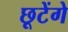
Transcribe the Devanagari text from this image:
छूटेंगे